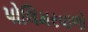
પોલિમરવાળો